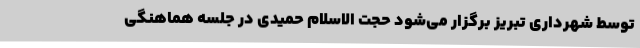
توسط شهرداری تبریز برگزار می‌شود حجت الاسلام حمیدی در جلسه هماهنگی